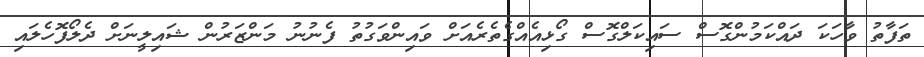
ތަފާތު ވާހަކަ ދައްކަމުންގޮސް ސައިކަލްގޮސް ގޯޅިއެއްގެތެރެއަށް ވައިންވަގުތު ފެނުނު މަންޒަރުން ޝައިލީނަށް ދެލޯފޮހެލައި